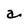
Character: a